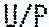
U/P